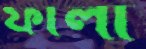
ফালা